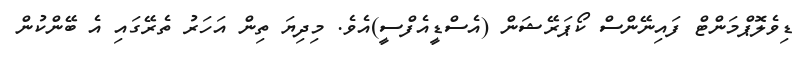
ޑިވެލޮޕްމަންޓް ފައިނޭންސް ކޯޕަރޭޝަން (އެސްޑީއެފްސީ)އެވެ. މިދިޔަ ތިން އަހަރު ތެރޭގައި އެ ބޭންކުން